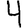
Digit: 4